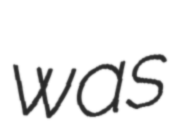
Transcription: was